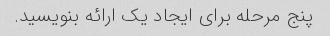
پنج مرحله برای ایجاد یک ارائه بنویسید.